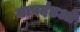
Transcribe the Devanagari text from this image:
मापदंडओ